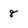
Character: 8